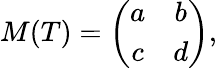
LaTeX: M(T)=\left(\begin{array}{cc}{{a}}&{{b}}\\ {{c}}&{{d}}\end{array}\right),